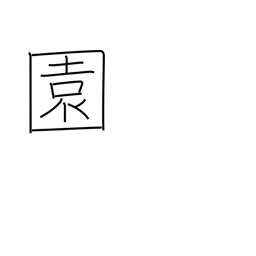
Meaning: garden